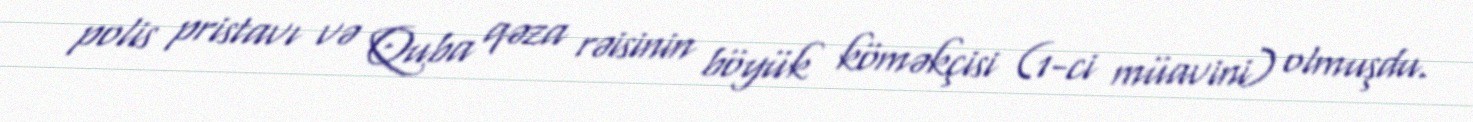
polis pristavı və Quba qəza rəisinin böyük köməkçisi (1-ci müavini) olmuşdu.